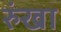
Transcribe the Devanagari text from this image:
रुंखा